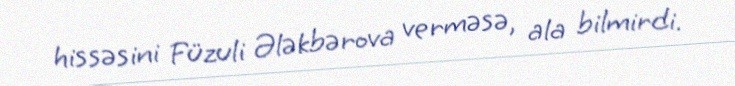
hissəsini Füzuli Ələkbərova verməsə, ala bilmirdi.